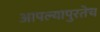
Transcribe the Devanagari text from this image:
आपल्यापुरतेच